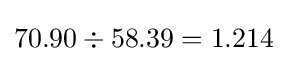
70.90\div 58.39=1.214